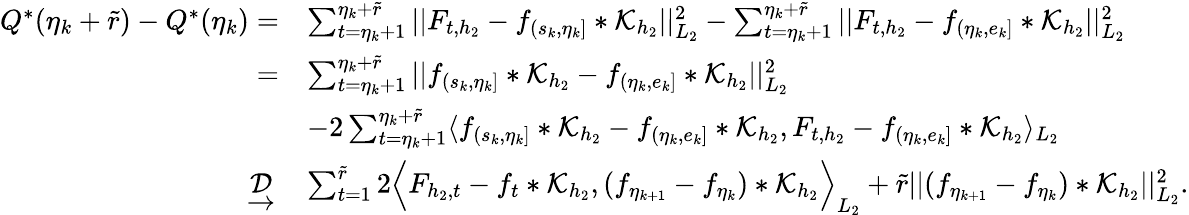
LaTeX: \begin{array}{rl}{Q^{*}(\eta_{k}+\widetilde{r})-Q^{*}(\eta_{k})=}&{\sum_{t=\eta_{k}+1}^{\eta_{k}+\widetilde{r}}\vert\vert F_{t,{h_{2}}}-f_{(s_{k},\eta_{k}]}\ast\mathcal{K}_{{h_{2}}}\vert\vert_{L_{2}}^{2}-\sum_{t=\eta_{k}+1}^{\eta_{k}+\widetilde{r}}\vert\vert F_{t,{h_{2}}}-f_{(\eta_{k},e_{k}]}\ast\mathcal{K}_{h_{2}}\vert\vert_{L_{2}}^{2}}\\ {=}&{\sum_{t=\eta_{k}+1}^{\eta_{k}+\widetilde{r}}\vert\vert f_{(s_{k},\eta_{k}]}\ast\mathcal{K}_{{h_{2}}}-f_{(\eta_{k},e_{k}]}\ast\mathcal{K}_{h_{2}}\vert\vert_{L_{2}}^{2}}\\ &{-2\sum_{t=\eta_{k}+1}^{\eta_{k}+\widetilde{r}}\langle f_{(s_{k},\eta_{k}]}\ast\mathcal{K}_{{h_{2}}}-f_{(\eta_{k},e_{k}]}\ast\mathcal{K}_{h_{2}},F_{t,{h_{2}}}-f_{(\eta_{k},e_{k}]}\ast\mathcal{K}_{h_{2}}\rangle_{L_{2}}}\\ {\ \underrightarrow{\mathcal{D}}\ }&{\sum_{t=1}^{\widetilde{r}}2\Big\langle F_{{h_{2}},t}-f_{t}*\mathcal{K}_{h_{2}},(f_{\eta_{k+1}}-f_{\eta_{k}})*\mathcal{K}_{h_{2}}\Big\rangle_{L_{2}}+\widetilde{r}\vert\vert(f_{\eta_{k+1}}-f_{\eta_{k}})*\mathcal{K}_{h_{2}}\vert\vert_{L_{2}}^{2}.}\end{array}